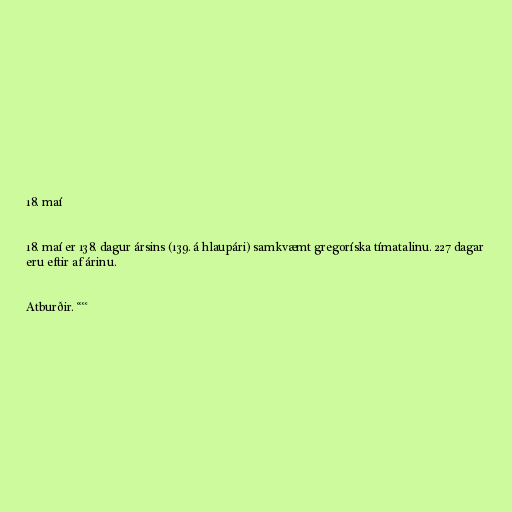
18. maí

18. maí er 138. dagur ársins (139. á hlaupári) samkvæmt gregoríska tímatalinu. 227 dagar
eru eftir af árinu.

Atburðir. °°°°